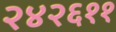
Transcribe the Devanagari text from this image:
२४२६११